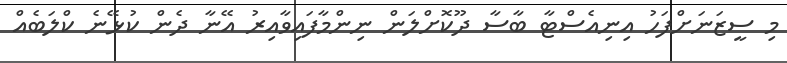
މި ސީޒަނަށްފަހު އިނިއެސްޓާ ބާސާ ދޫކޮށްލަން ނިންމާފައިވާއިރު އޭނާ ދެން ކުޅޭނެ ކްލަބެއް